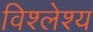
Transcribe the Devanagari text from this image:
विश्लेश्य